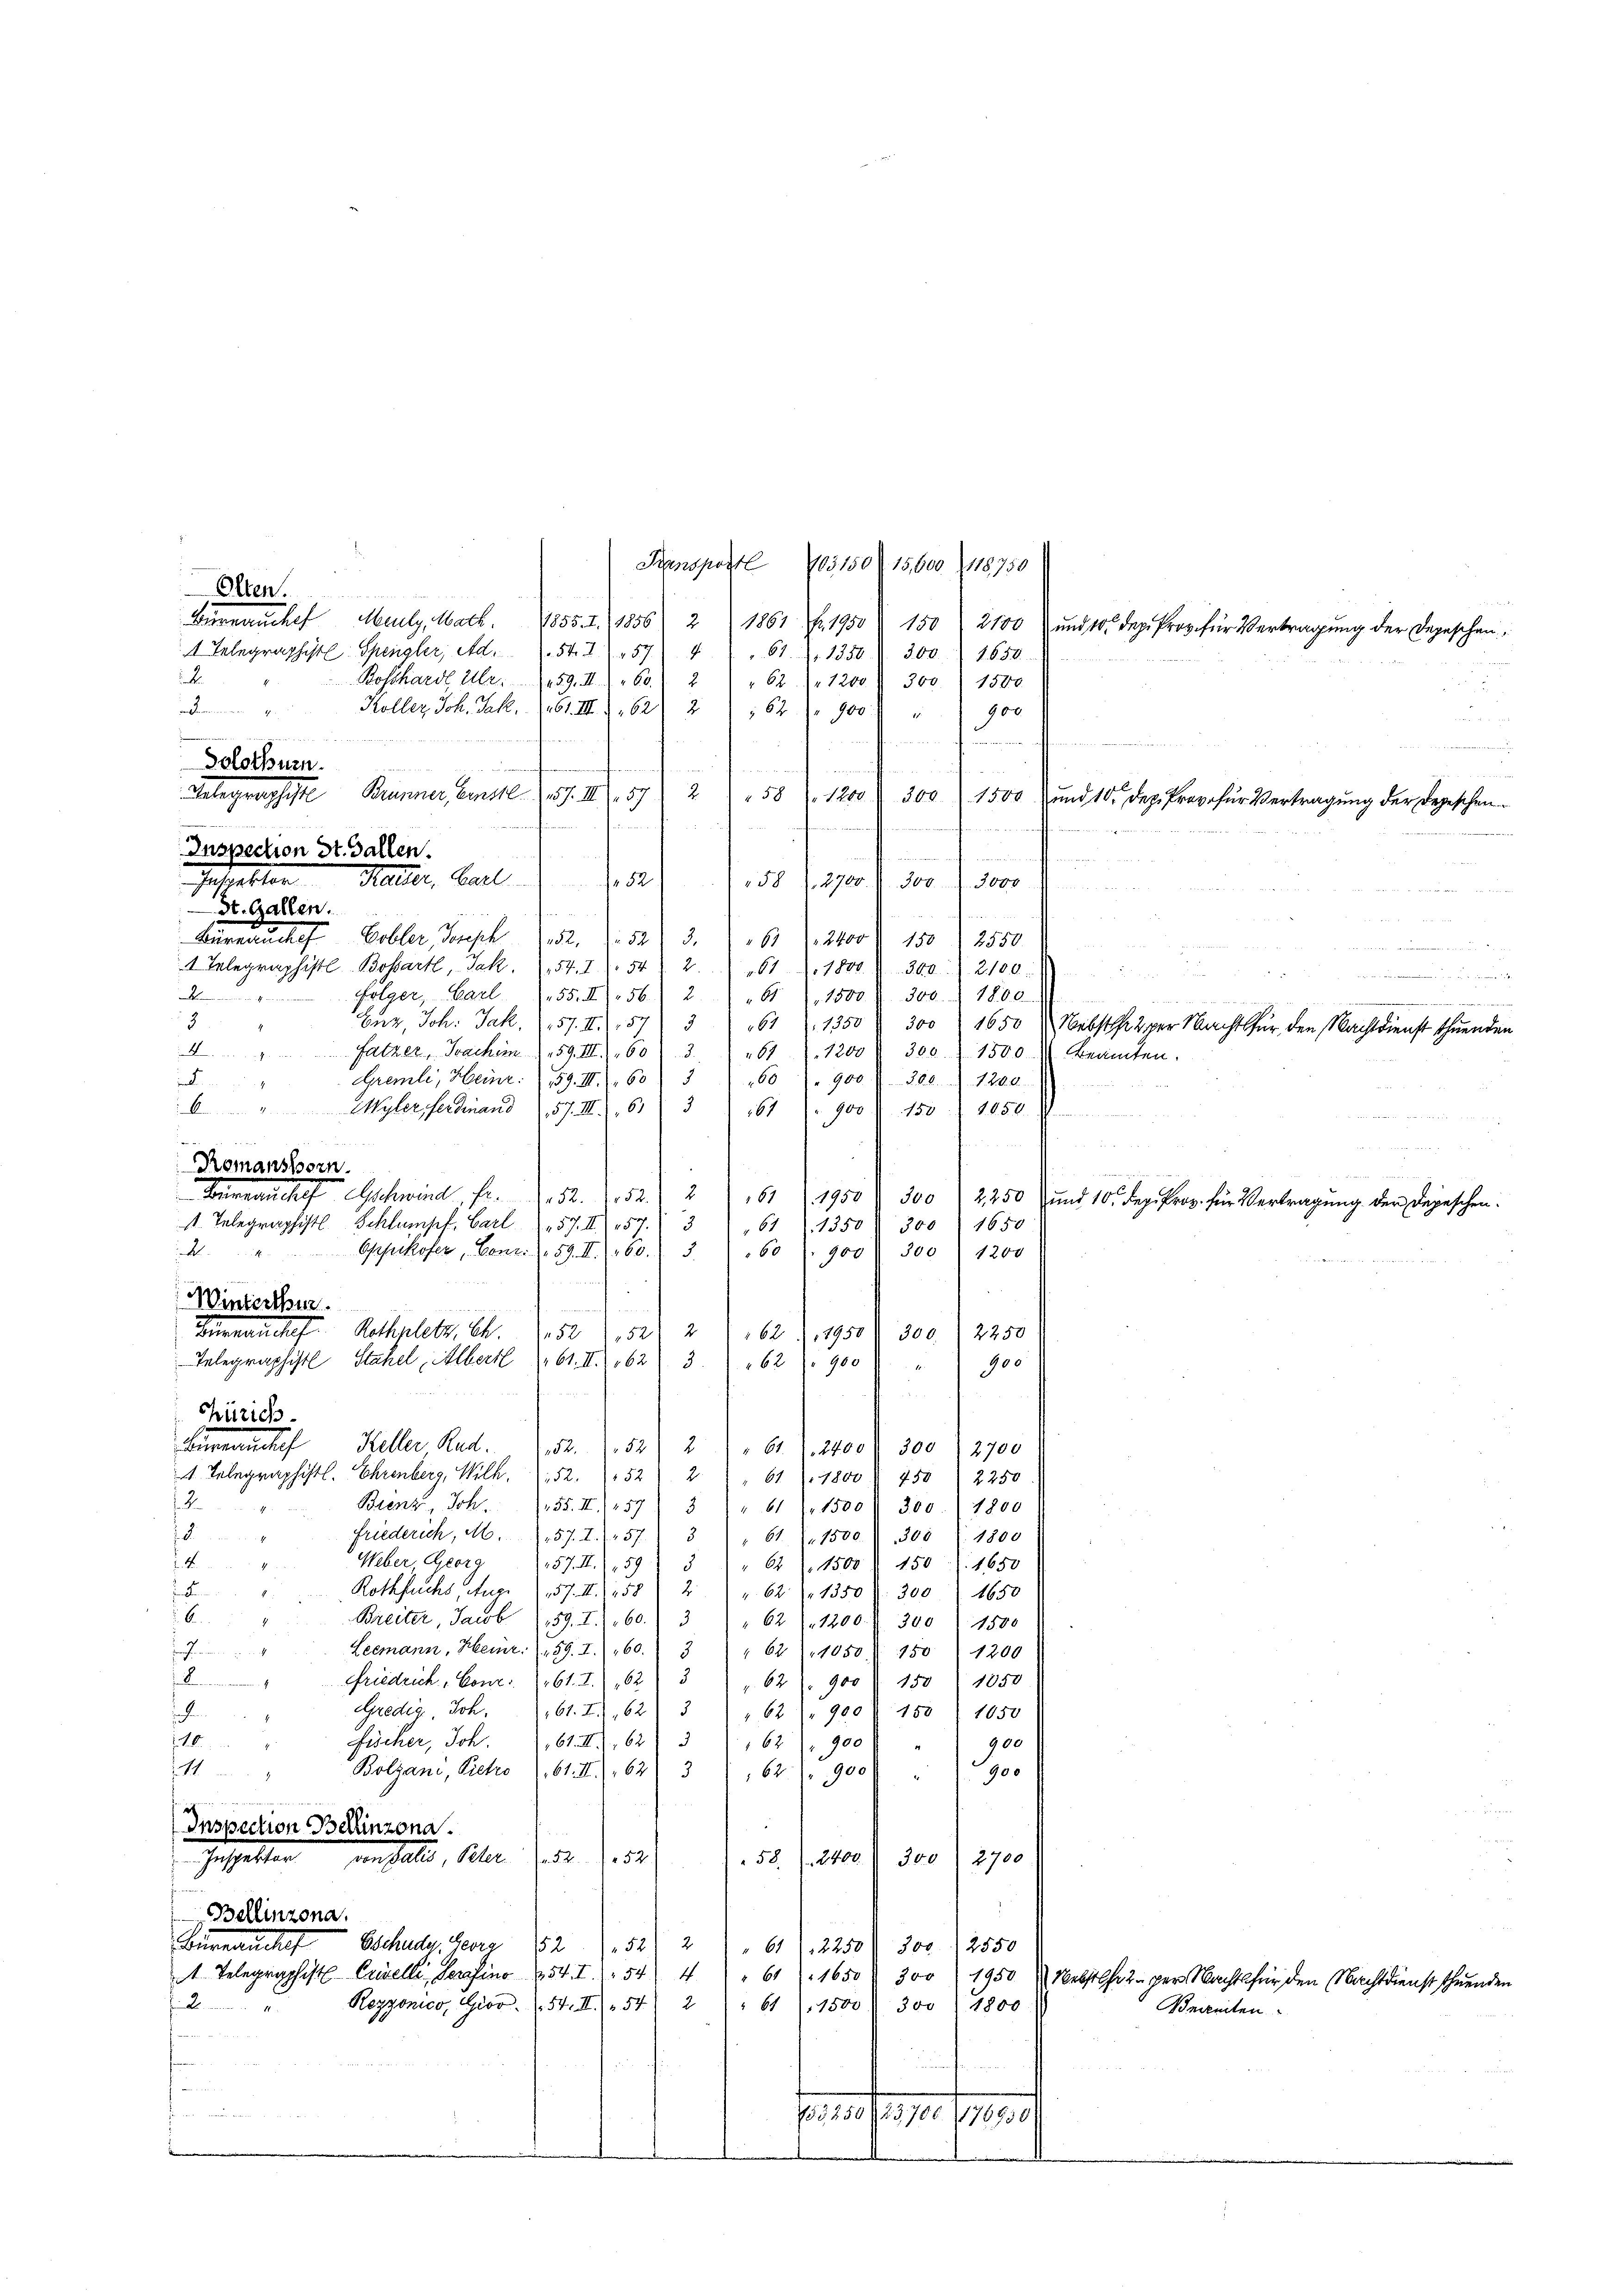
Transportl
Olten.  ..  ..
Bürnaŭchef Mauly, Mark. 1855. I. 1856 2 1861 f. 1950 " 150 2100 und 10. Sep. Pro für Vertragŭng der Depeschen
1 Telegraphiste Spengler, Ad. 54. 2.) „57) " " 61. 2. 1350 § 300. 2650. 2
.
Bosthard Uber 159. III. B.) 2 " " 62 (1200. 300. 1500.
e
Koller Joh. Jak. 161. III 262) 2) 162 " 900 "
900
aen in einer insoferne in
 e 1 1
 220
e
un
n
2
58 (1200 f 300 1500 und 10. Dez. Prov. für Vertragung der Depeschen

e
e

Inspection St. Gallen.

58 1. 2700. d. 300. 3000

St. Gallen.
2212
 2
21 22
. Der
Bürnaŭchef Eobler, Joseph 252. 543. " " 61 (12400 " 150  2550.
1 Telegraphistl. Bossartl, Jak. 754. I. 1. 542. 61 d. 1800 n 300. 2100.
folger, Carl. 55. II 56) 2) " 61. 1500 f 300. 1800.
.
3
Enz, Joh. Jak. (157. II 157) 3 61 (1350 f 300 " 1650 Nebsteiger Nacht für den Nachtdienst thuenden
satzer, Joachim 1. 159. III., 603. 461. 1200 f 300. 1500 Beamten.
walden, die mit
Aremli, Heinr. 159. III. 60. 360 " 900. 308. 1200.

6 " Wyler Ferdinand 57. III 613
167) " 900) 150. 1050.
 e 1 der
eter eine
Romanshorn.
. 232 Art
 Bureau chef Gschwind, Fr. 52. 52.
2 161.1950) 500
2,250) und 10 Dez. Proz. für Vertragung der Depeschen.
1. Telegraphist Schlumpf. Carl 57. II 157. 3
611350 § 300 (1650
4. " Opfikofer, Conz. 59. II. 160.
60
900. 300 " 1200
3.
wert
Winterthur.
mmt, und
Beinandes Rothplatz. S. 752 252) 2) 162, 1950 f 300. 2250
Telegraphiste Stahel, Albert 61. II. 162. 3. " " 62 " 900
900

were das der wir
n
Zürich.
Würmeuchef Keller, Rud. 152. 52
2
" 61. 2400 f 300 2700
1. Telegraphistl. Ehrenberg, Wilh. 1. 52. 52) 2 " " 61 (7800) 450 2250
12.
Bienz, Joh. 55. II 257 5 " " 61, 1500 " 300. 1800
12.
Friederich, M. 157. I. 573 " 61). 1500. 300 ). 1800
Weber Georg
4
1257. II. 159 3 " " 61 f 1500 I 450. 1650
2.
Rothfuchs, Aug. 157. II 1258
" 62. 1350 f. 300 (1650
d
B
Breiter, Jacob 159. I. 60. 3) " 62 (1200. 300) 1500
Leemann, Heinr. 159. I. 160. 3 " " 62 1050 S. 150) 1200

.
Friedrich, Conr. (161. I. 162) 3 " 62. 900) 150) 1850
Credig, Joh. 161. II., 62) 3 " " 62 " 900 f 150) 1050
i
116.
Fucker, Joh. 161, 62) 3 162. 900
900
Bolzani, Pietro 1. 61. II. (162) 3), 62. 900 " 900
2
n
Inspection Bellinzona.
Inspektor von Salis, Peter
58. 2400. 1300) 2700
252)
Bellinzona.
Bürnauches Schaden Herz 1852. 521 21. 61. 2250 f 300. 12550
 Telegraphist Crevelli, Serasino 154. I. 154) 4 " 61 1650 f 300 (1950 Nebstes 2. per Nachts für den Nachtdienst schnenden
A
Regzonico, Gior. (54. II 542 " 61 (1500) 300) 1800.
Barkeiten
n
fenen
e
 wurde ein einen
E f g pr. 1791
e

d
Solothurn.
Telegraphiste Brünner, Ernstl. 157. III 57

Inspektor Ketter, Bart 52

703150 (15,600 (118750